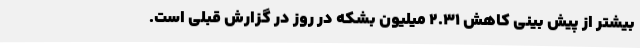
بیشتر از پیش بینی کاهش 2.31 میلیون بشکه در روز در گزارش قبلی است.